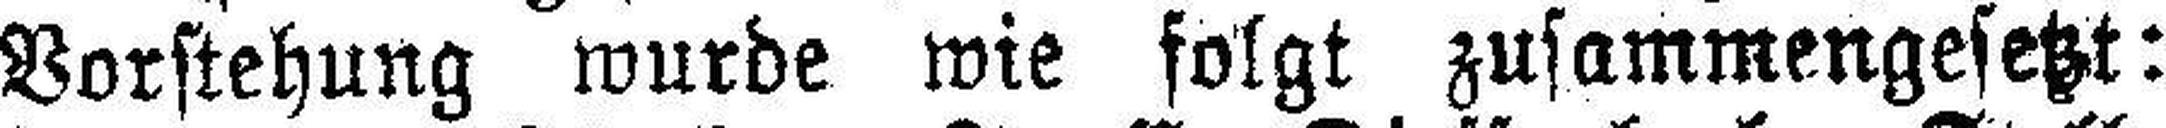
Vorstehung wurde wie folgt zusammengesetzt: